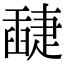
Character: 𦦘